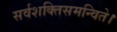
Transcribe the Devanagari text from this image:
सर्वशक्तिसमन्विते।